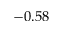
- 0 . 5 8